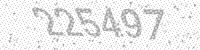
Solution: 225497